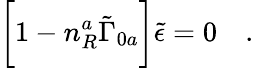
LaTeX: \biggl[1-n_{R}^{a}\tilde{\Gamma}_{0a}\biggr]\tilde{\epsilon}=0\quad.